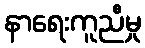
နာရေးကူညီမှု